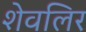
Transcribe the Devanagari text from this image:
शेवलिर